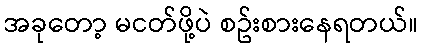
အခုတော့ မငတ်ဖို့ပဲ စဥ်းစားနေရတယ်။